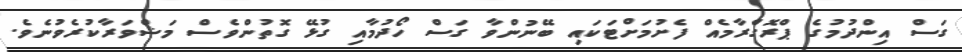
ގަސް އިންދުމުގެ ޕްރޮގްރާމެއް ފެށުމަށްޓަކައި ބޭނުންވާ ގަސް ހޯދުމާއި ގުޅޭ ގޮތުންވެސް މަޝްވަރާކުރެވުނެވެ.